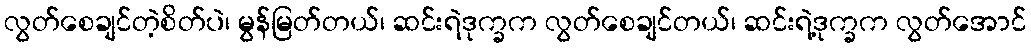
လွတ်စေချင်တဲ့စိတ်ပဲ၊ မွန်မြတ်တယ်၊ ဆင်းရဲဒုက္ခက လွတ်စေချင်တယ်၊ ဆင်းရဲ့ဒုက္ခက လွတ်အောင်